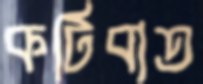
কটিবাত